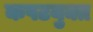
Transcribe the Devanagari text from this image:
कपटयुक्त